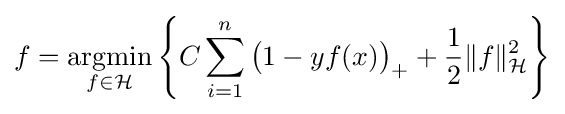
f={\underset {f\in {\mathcal {H}}}{\operatorname {argmin} }}\left\{C\sum _{i=1}^{n}{\big (}1-yf(x){\big )}_{+}+{\frac {1}{2}}\|f\|_{\mathcal {H}}^{2}\right\}